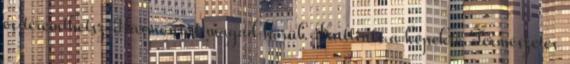
és teremthetsz Harmóniát magad körül. Kattints a képekre Természetes